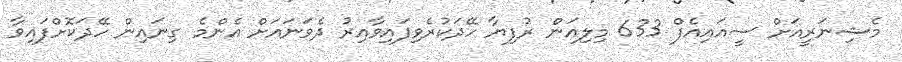
މެޝިނަރީއަށް ސީއައިއެފް 633 މިލިއަން ރުފިޔާ ހޭދަކުރެވިފައިވާއިރު ދެވަނައަށް އެންމެ ގިނައިން ހޭދަކޮށްފައިވާ